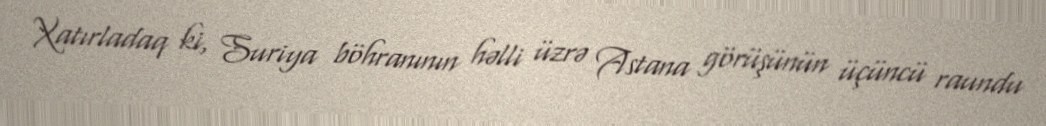
Xatırladaq ki, Suriya böhranının həlli üzrə Astana görüşünün üçüncü raundu